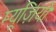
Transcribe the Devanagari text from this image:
म्यूज़ियो